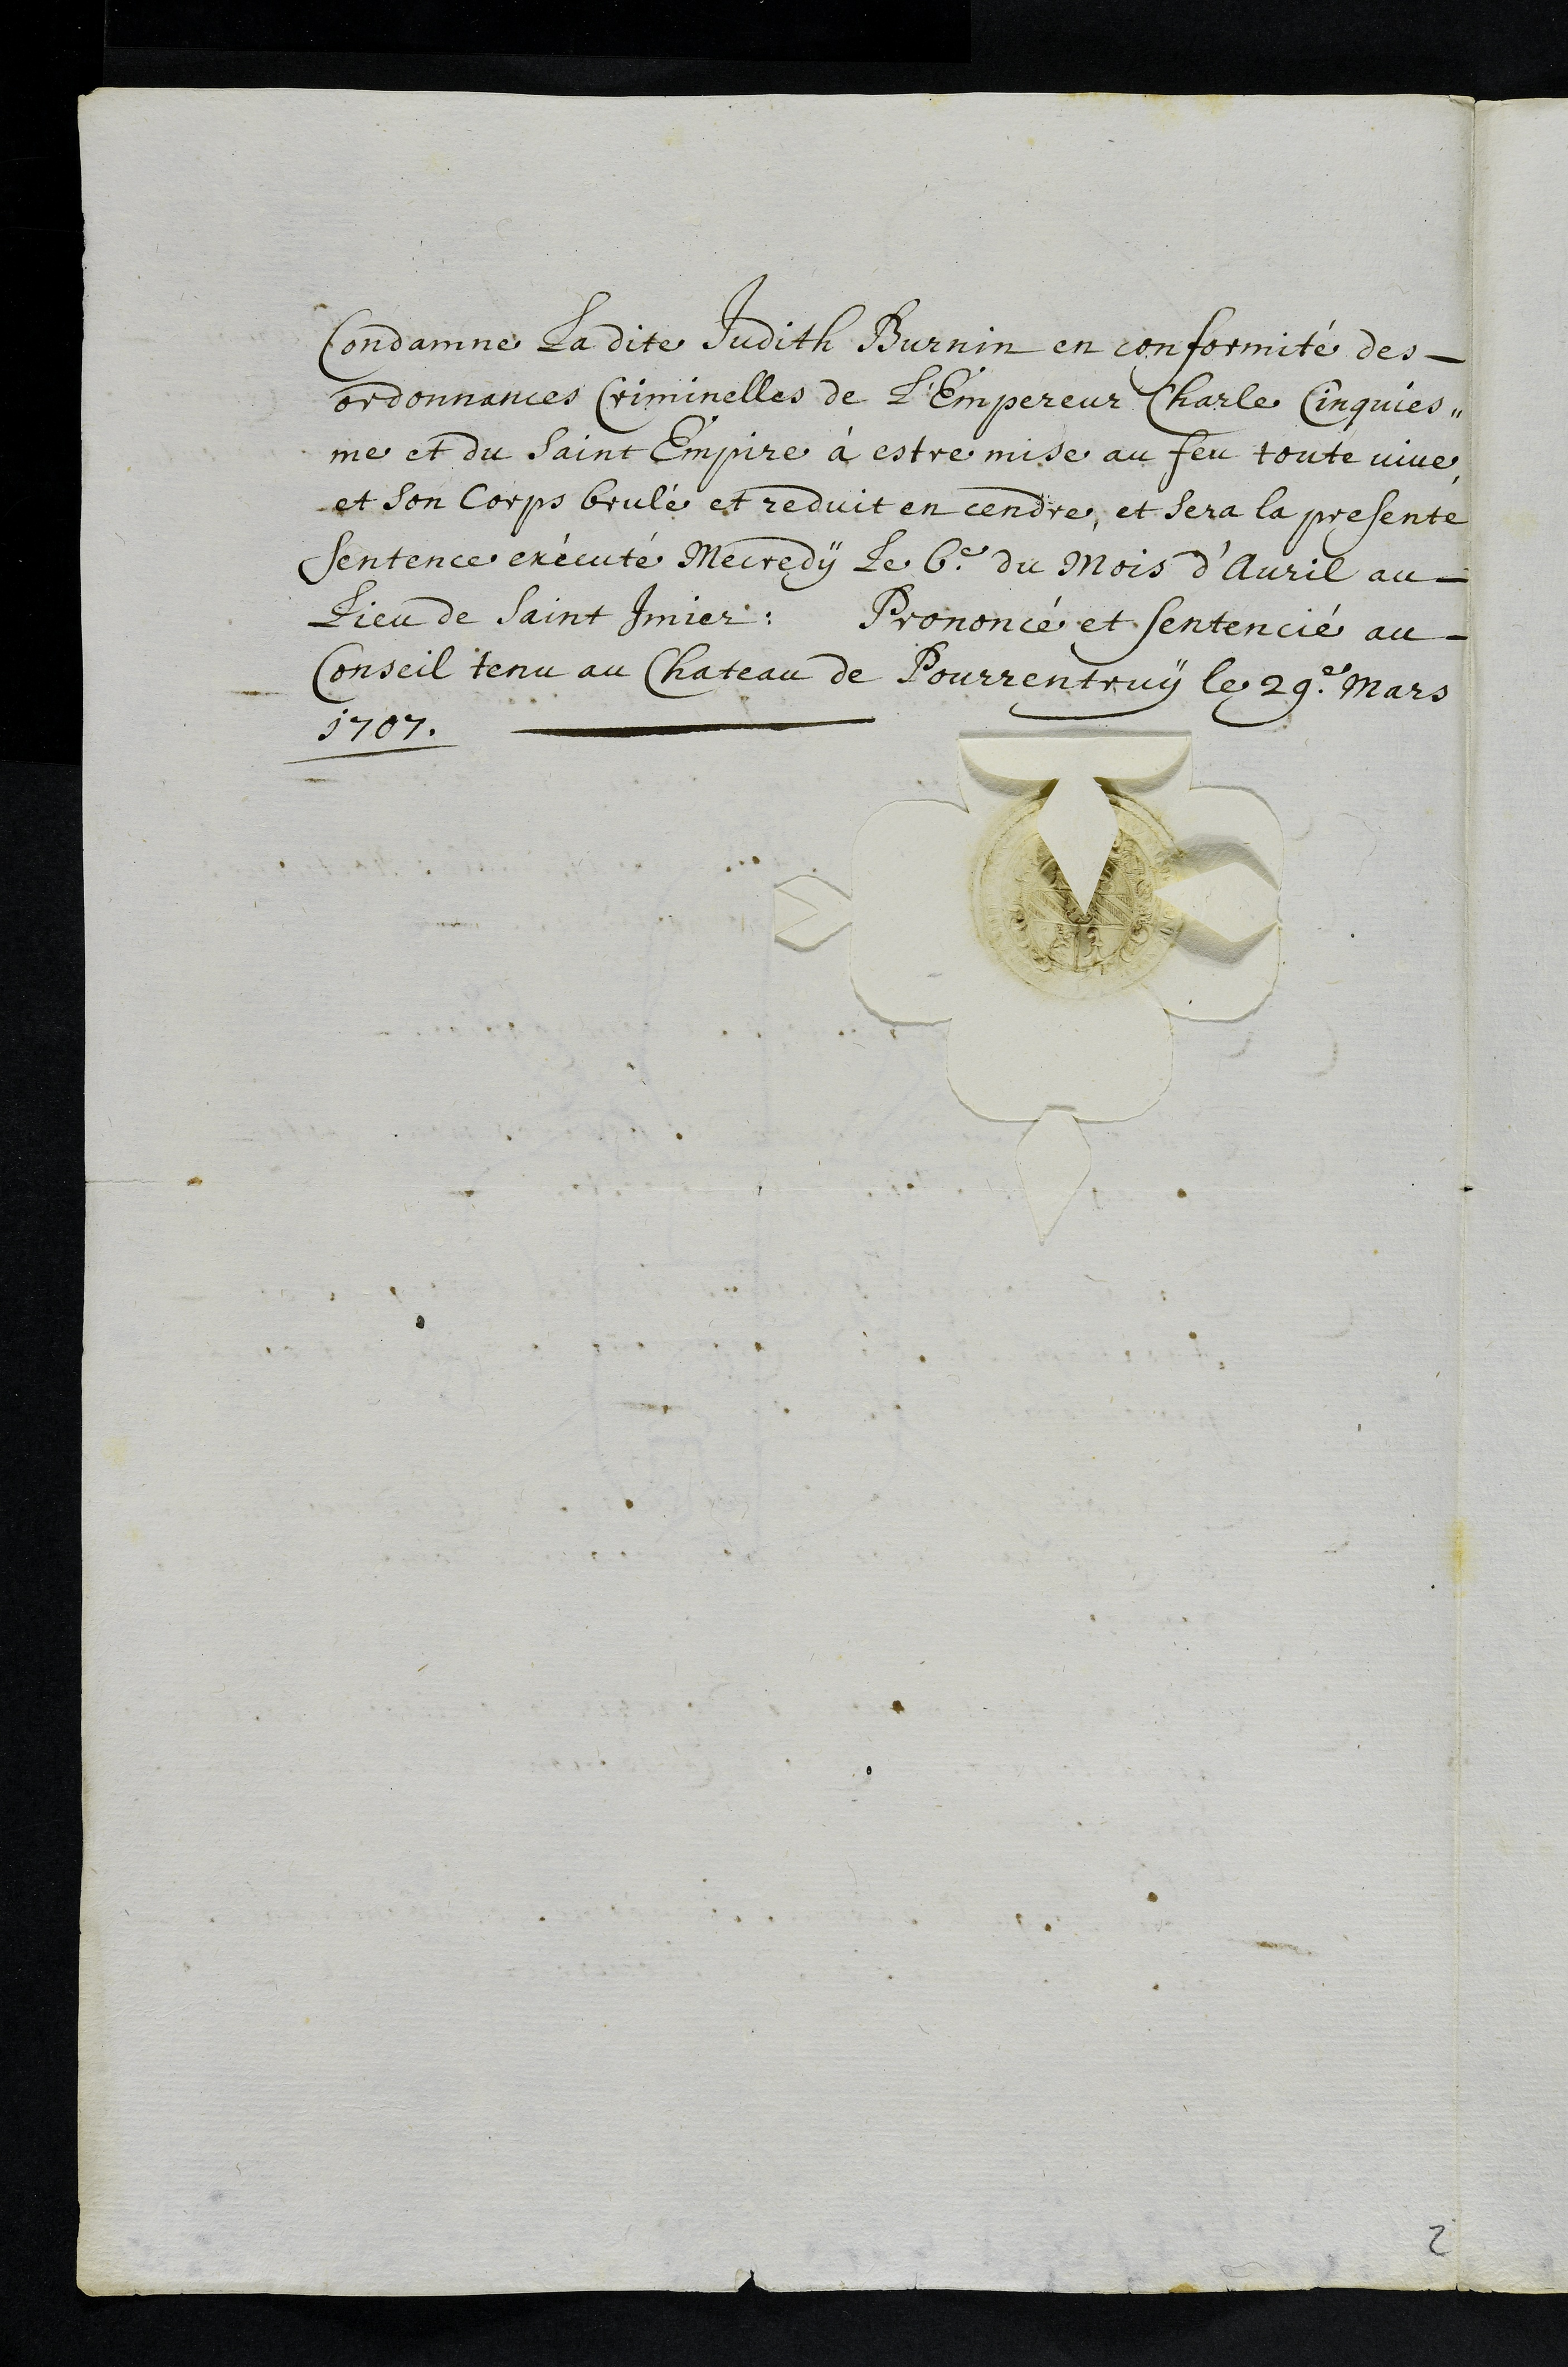
Cordamne ladite dudith Surnin en conformité des-
ordonnances Criminelles de l’empereur Charle Cinquies-
me et du saint Empire a estre mise au feu toute vive
et son corps brulé et reduit en cendre, et sera la presente
sentence execute Mecredy Je 6e du Mois d’Avril au
Dieu de saint Imier.
Provence et sentencie au
Conseil tenu au Chateau de Pourrentruy le 29e Mars
1707

5